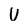
Character: U